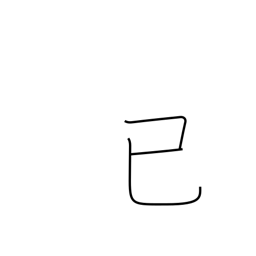
Meaning: long ago